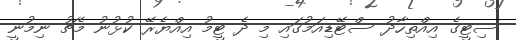
ސިޓީގެ އިއްތިހާދު ސްޓޭޑިއަމުގައި މި ދެ ޓީމު އިއްޔެރޭ ކުޅުނު މެޗު ނިމުނީ